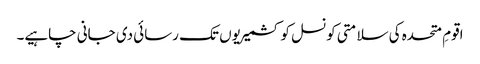
اقومِ متحدہ کی سلامتی کونسل کو کشمیریوں تک رسائی دی جانی چاہیے۔